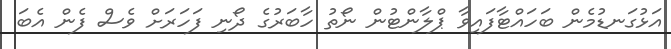
އަޅުގަނޑުމެން ބަހައްޓާފައިވާ ޕްލާންޓުން ނޯތު ހާބަރުގެ ދޯނި ފަހަރަށް ވެސް ފެން އެބަ